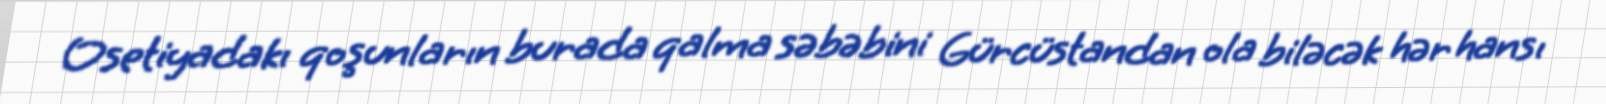
Osetiyadakı qoşunların burada qalma səbəbini Gürcüstandan ola biləcək hər hansı